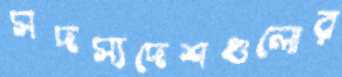
সদস্যদেশগুলোর